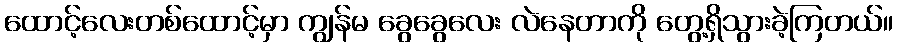
ထောင့်လေးတစ်ထောင့်မှာ ကျွန်မ ခွေခွေလေး လဲနေတာကို တွေ့ရှိသွားခဲ့ကြတယ်။